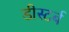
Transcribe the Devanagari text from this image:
डीस्टर्ब